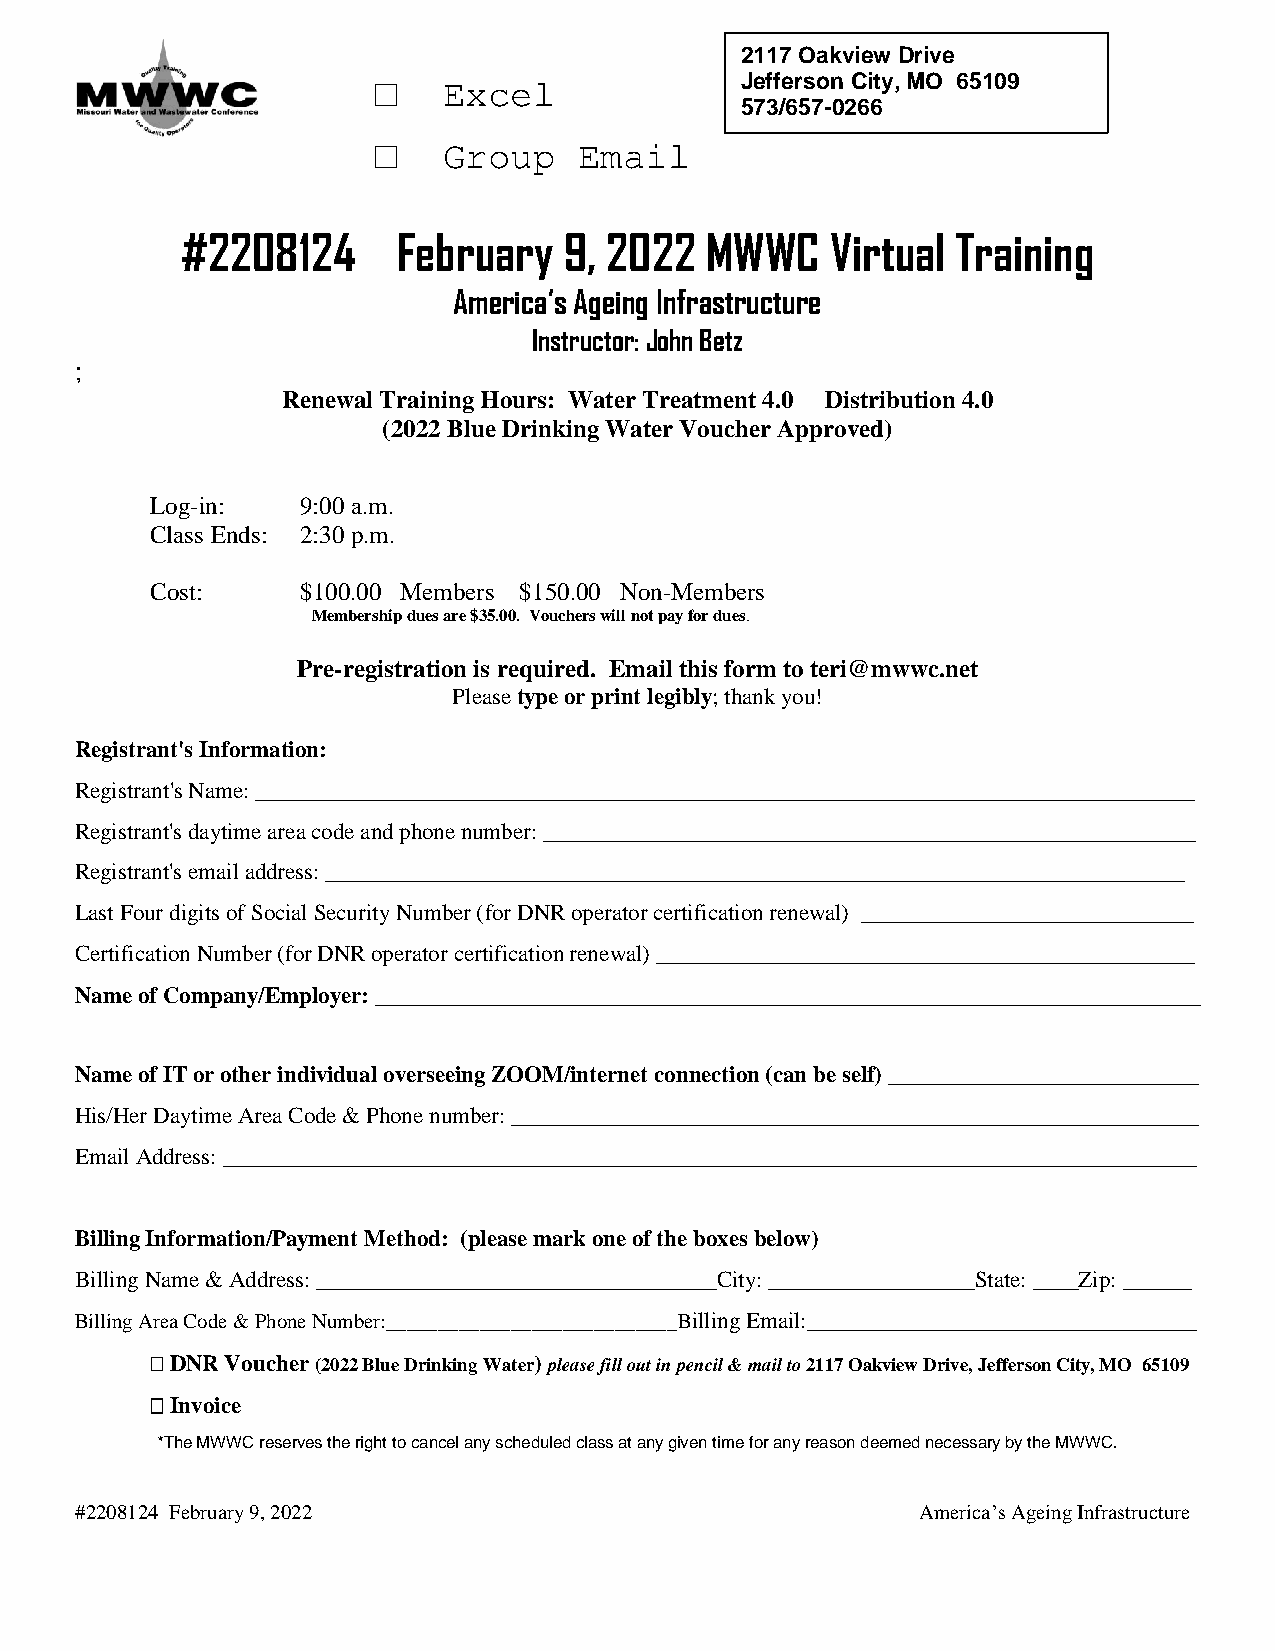
2117 Oakview Drive
 □   Excel               Jefferson City, MO 65109
 573/657-0266
 □   Group    Email
 #2208124      February   9, 2022   MWWC    Virtual Training
 America’s Ageing Infrastructure
 Instructor: John Betz
 ;
 Renewal Training Hours: Water Treatment 4.0 Distribution 4.0
 (2022 Blue Drinking Water Voucher Approved)
 Log-in:   9:00 a.m.
 Class Ends: 2:30 p.m.
 Cost:     $100.00 Members $150.00 Non-Members
 Membership dues are $35.00. Vouchers will not pay for dues.
 Pre-registration is required. Email this form to teri@mwwc.net
 Please type or print legibly; thank you!
 Registrant's Information:
 Registrant's Name: __________________________________________________________________________________
 Registrant's daytime area code and phone number: _________________________________________________________
 Registrant's email address: ___________________________________________________________________________
 Last Four digits of Social Security Number (for DNR operator certification renewal) _____________________________
 Certification Number (for DNR operator certification renewal) _______________________________________________
 Name of Company/Employer: ________________________________________________________________________
 Name of IT or other individual overseeing ZOOM/internet connection (can be self) ___________________________
 His/Her Daytime Area Code & Phone number: ____________________________________________________________
 Email Address: _____________________________________________________________________________________
 Billing Information/Payment Method: (please mark one of the boxes below)
 Billing Name & Address: ___________________________________City: __________________State: ____Zip: ______
 Billing Area Code & Phone Number:____________________________Billing Email:__________________________________
  DNR Voucher (2022 Blue Drinking Water) please fill out in pencil & mail to 2117 Oakview Drive, Jefferson City, MO 65109
  Invoice
 *The MWWC reserves the right to cancel any scheduled class at any given time for any reason deemed necessary by the MWWC.
 #2208124 February 9, 2022                               America’s Ageing Infrastructure